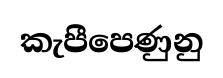
කැපීපෙණුනු